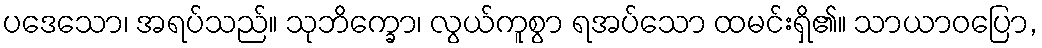
ပဒေသော၊ အရပ်သည်။ သုဘိက္ခော၊ လွယ်ကူစွာ ရအပ်သော ထမင်းရှိ၏။ သာယာဝပြော,